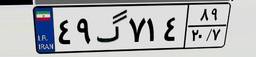
۴۹گ۷۱۴۸۹